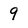
Character: 9